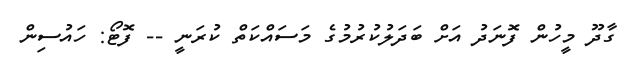
ގާދޫ މީހުން ފޮނަދު އަށް ބަދަލުކުރުމުގެ މަސައްކަތް ކުރަނީ -- ފޮޓޯ: ހައުސިން